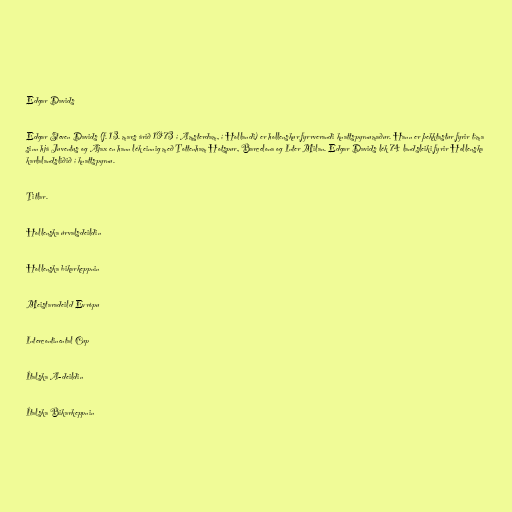
Edgar Davids

Edgar Steven Davids (f. 13. mars árið 1973 í Amsterdam, í Hollandi) er hollenskur fyrrverandi knattspyrnumaður. Hann er þekktastur fyrir tíma
sinn hjá Juventus og Ajax en hann lék einnig með Tottenham Hotspur, Barcelona og Inter Milan. Edgar Davids lék 74 landsleiki fyrir Hollenska
karlalandsliðið í knattspyrnu.

Titlar.

Hollenska úrvalsdeildin

Hollenska bikarkeppnin

Meistaradeild Evrópu

Intercontinental Cup

Ítalska A-deildin

Ítalska Bikarkeppnin